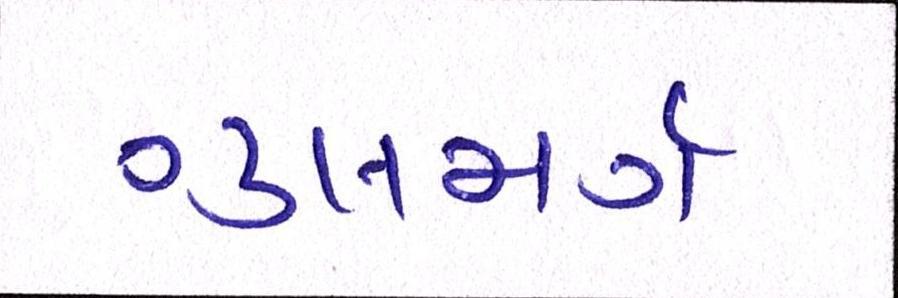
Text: ગુલમર્ગ